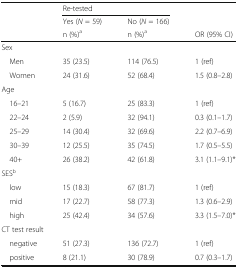
<table><thead><tr><td rowspan="3"></td><td colspan="2"><b>Re-tested</b></td><td></td></tr><tr><td><b>Yes (<i>N</i> = 59)</b></td><td><b>No (<i>N</i> = 166)</b></td><td></td></tr><tr><td><b>n (%)<sup>a</sup></b></td><td><b>n (%)<sup>a</sup></b></td><td><b>OR (95% CI)</b></td></tr></thead><tbody><tr><td colspan="4">Sex</td></tr><tr><td> Men</td><td>35 (23.5)</td><td>114 (76.5)</td><td>1 (ref)</td></tr><tr><td> Women</td><td>24 (31.6)</td><td>52 (68.4)</td><td>1.5 (0.8–2.8)</td></tr><tr><td colspan="4">Age</td></tr><tr><td> 16–21</td><td>5 (16.7)</td><td>25 (83.3)</td><td>1 (ref)</td></tr><tr><td> 22–24</td><td>2 (5.9)</td><td>32 (94.1)</td><td>0.3 (0.1–1.7)</td></tr><tr><td> 25–29</td><td>14 (30.4)</td><td>32 (69.6)</td><td>2.2 (0.7–6.9)</td></tr><tr><td> 30–39</td><td>12 (25.5)</td><td>35 (74.5)</td><td>1.7 (0.5–5.5)</td></tr><tr><td> 40+</td><td>26 (38.2)</td><td>42 (61.8)</td><td>3.1 (1.1–9.1)*</td></tr><tr><td colspan="4">SES<sup>b</sup></td></tr><tr><td> low</td><td>15 (18.3)</td><td>67 (81.7)</td><td>1 (ref)</td></tr><tr><td> mid</td><td>17 (22.7)</td><td>58 (77.3)</td><td>1.3 (0.6–2.9)</td></tr><tr><td> high</td><td>25 (42.4)</td><td>34 (57.6)</td><td>3.3 (1.5–7.0)*</td></tr><tr><td colspan="4">CT test result</td></tr><tr><td> negative</td><td>51 (27.3)</td><td>136 (72.7)</td><td>1 (ref)</td></tr><tr><td> positive</td><td>8 (21.1)</td><td>30 (78.9)</td><td>0.7 (0.3–1.7)</td></tr></tbody></table>